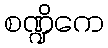
စဏ္ဍိကေ